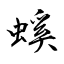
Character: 螇